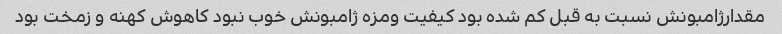
مقدارژامبونش نسبت به قبل کم شده بود کیفیت ومزه ژامبونش خوب نبود کاهوش کهنه و زمخت بود